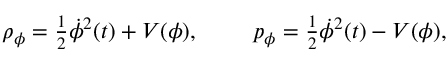
\begin{array} { r } { \rho _ { \phi } = \frac { 1 } { 2 } { \dot { \phi } } ^ { 2 } ( t ) + V ( \phi ) , ~ ~ ~ ~ ~ ~ ~ p _ { \phi } = \frac { 1 } { 2 } { \dot { \phi } } ^ { 2 } ( t ) - V ( \phi ) , } \end{array}